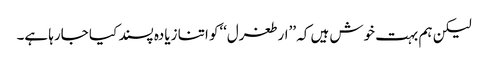
لیکن ہم بہت خوش ہیں کہ ’’ارطغرل‘‘کو اتنا زیادہ پسند کیا جارہا ہے۔